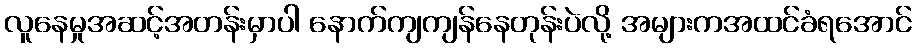
လူနေမှုအဆင့်အတန်းမှာပါ နောက်ကျကျန်နေတုန်းပဲလို့ အများကအထင်ခံရအောင်